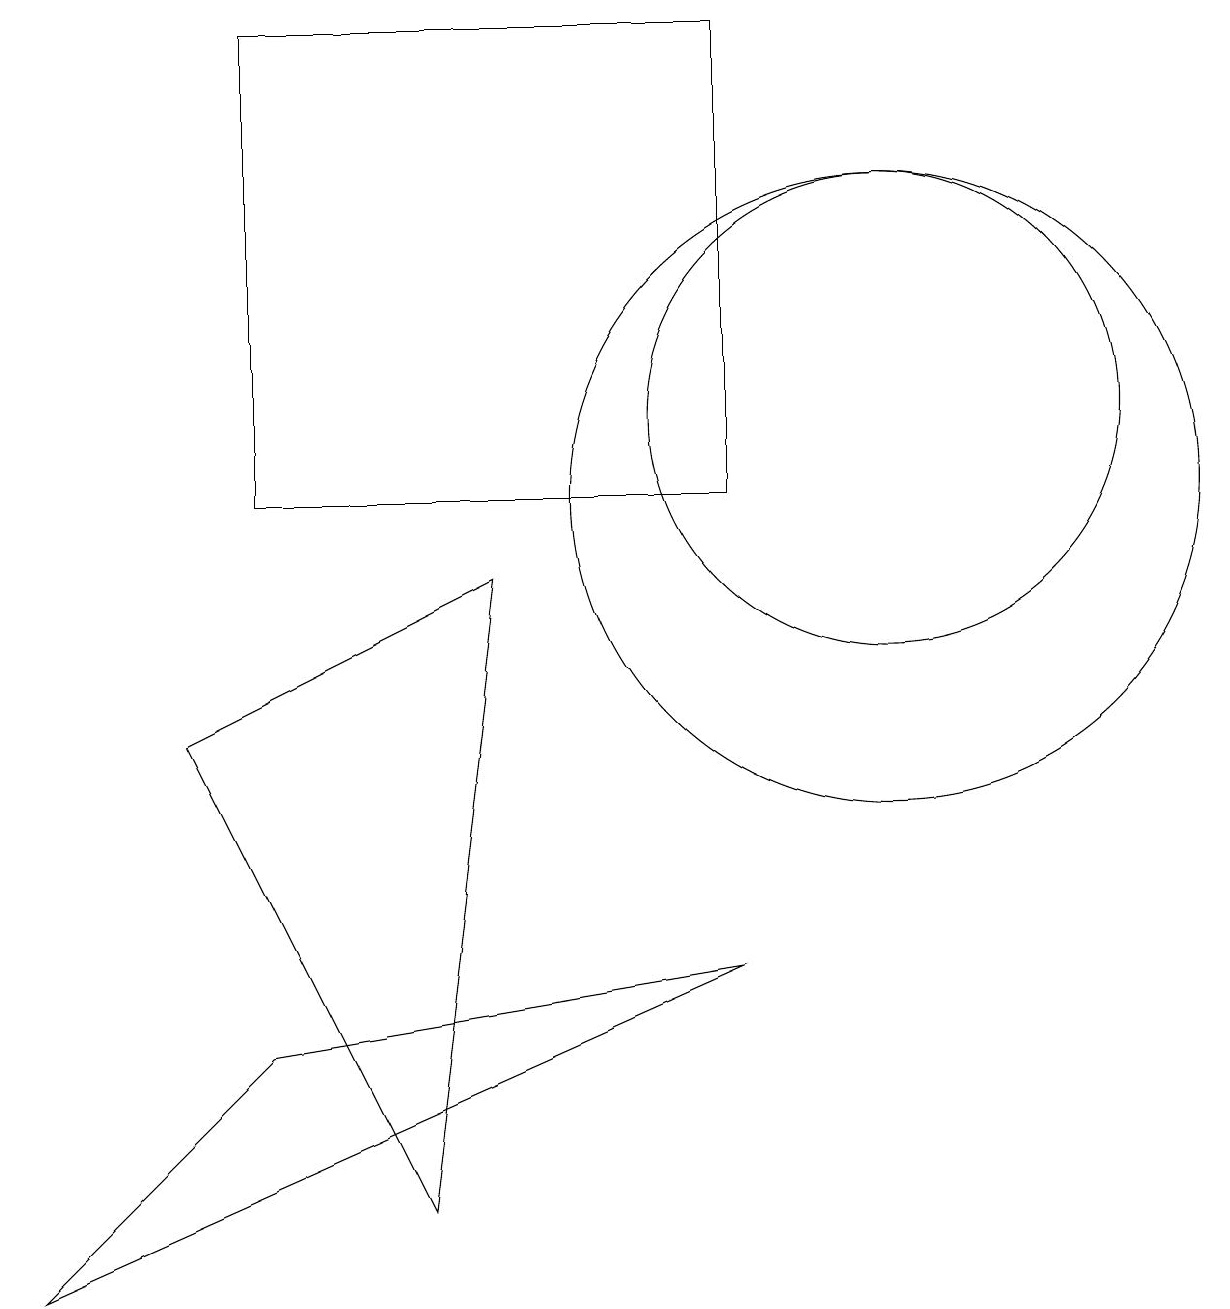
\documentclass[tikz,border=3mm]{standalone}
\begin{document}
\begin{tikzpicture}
\draw (11,10) circle (4);
\draw (11,11) circle (3);
\draw (5,1) -- (6,9) -- (2,7) -- cycle;
\draw (3,10) rectangle (9,16);
\draw (3,3) -- (0,0) -- (9,4) -- cycle;
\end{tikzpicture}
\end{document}